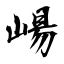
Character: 崵